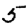
Digit: 5